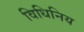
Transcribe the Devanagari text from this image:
विधिनिय